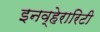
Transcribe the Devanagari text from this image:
इनव्हेरारिटी